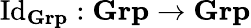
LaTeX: {\mathrm{Id}}_{\textbf{Grp}}:{\textbf{Grp}}\to{\textbf{Grp}}